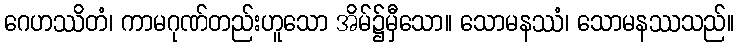
ဂေဟဿိတံ၊ ကာမဂုဏ်တည်းဟူသော အိမ်၌မှီသော။ သောမနဿံ၊ သောမနဿသည်။